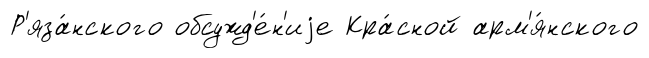
Р'яза́нского обсужд'е́н'иjе Кра́сной арм'я́нского